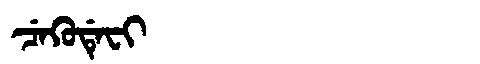
Manchu: ᠴᡝᡴᡠᡩᡝᠸᡳ
Romanization: CEKUDEFI